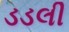
ડડલી